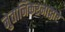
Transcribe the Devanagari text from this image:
नुतानिकरनाद्वारे